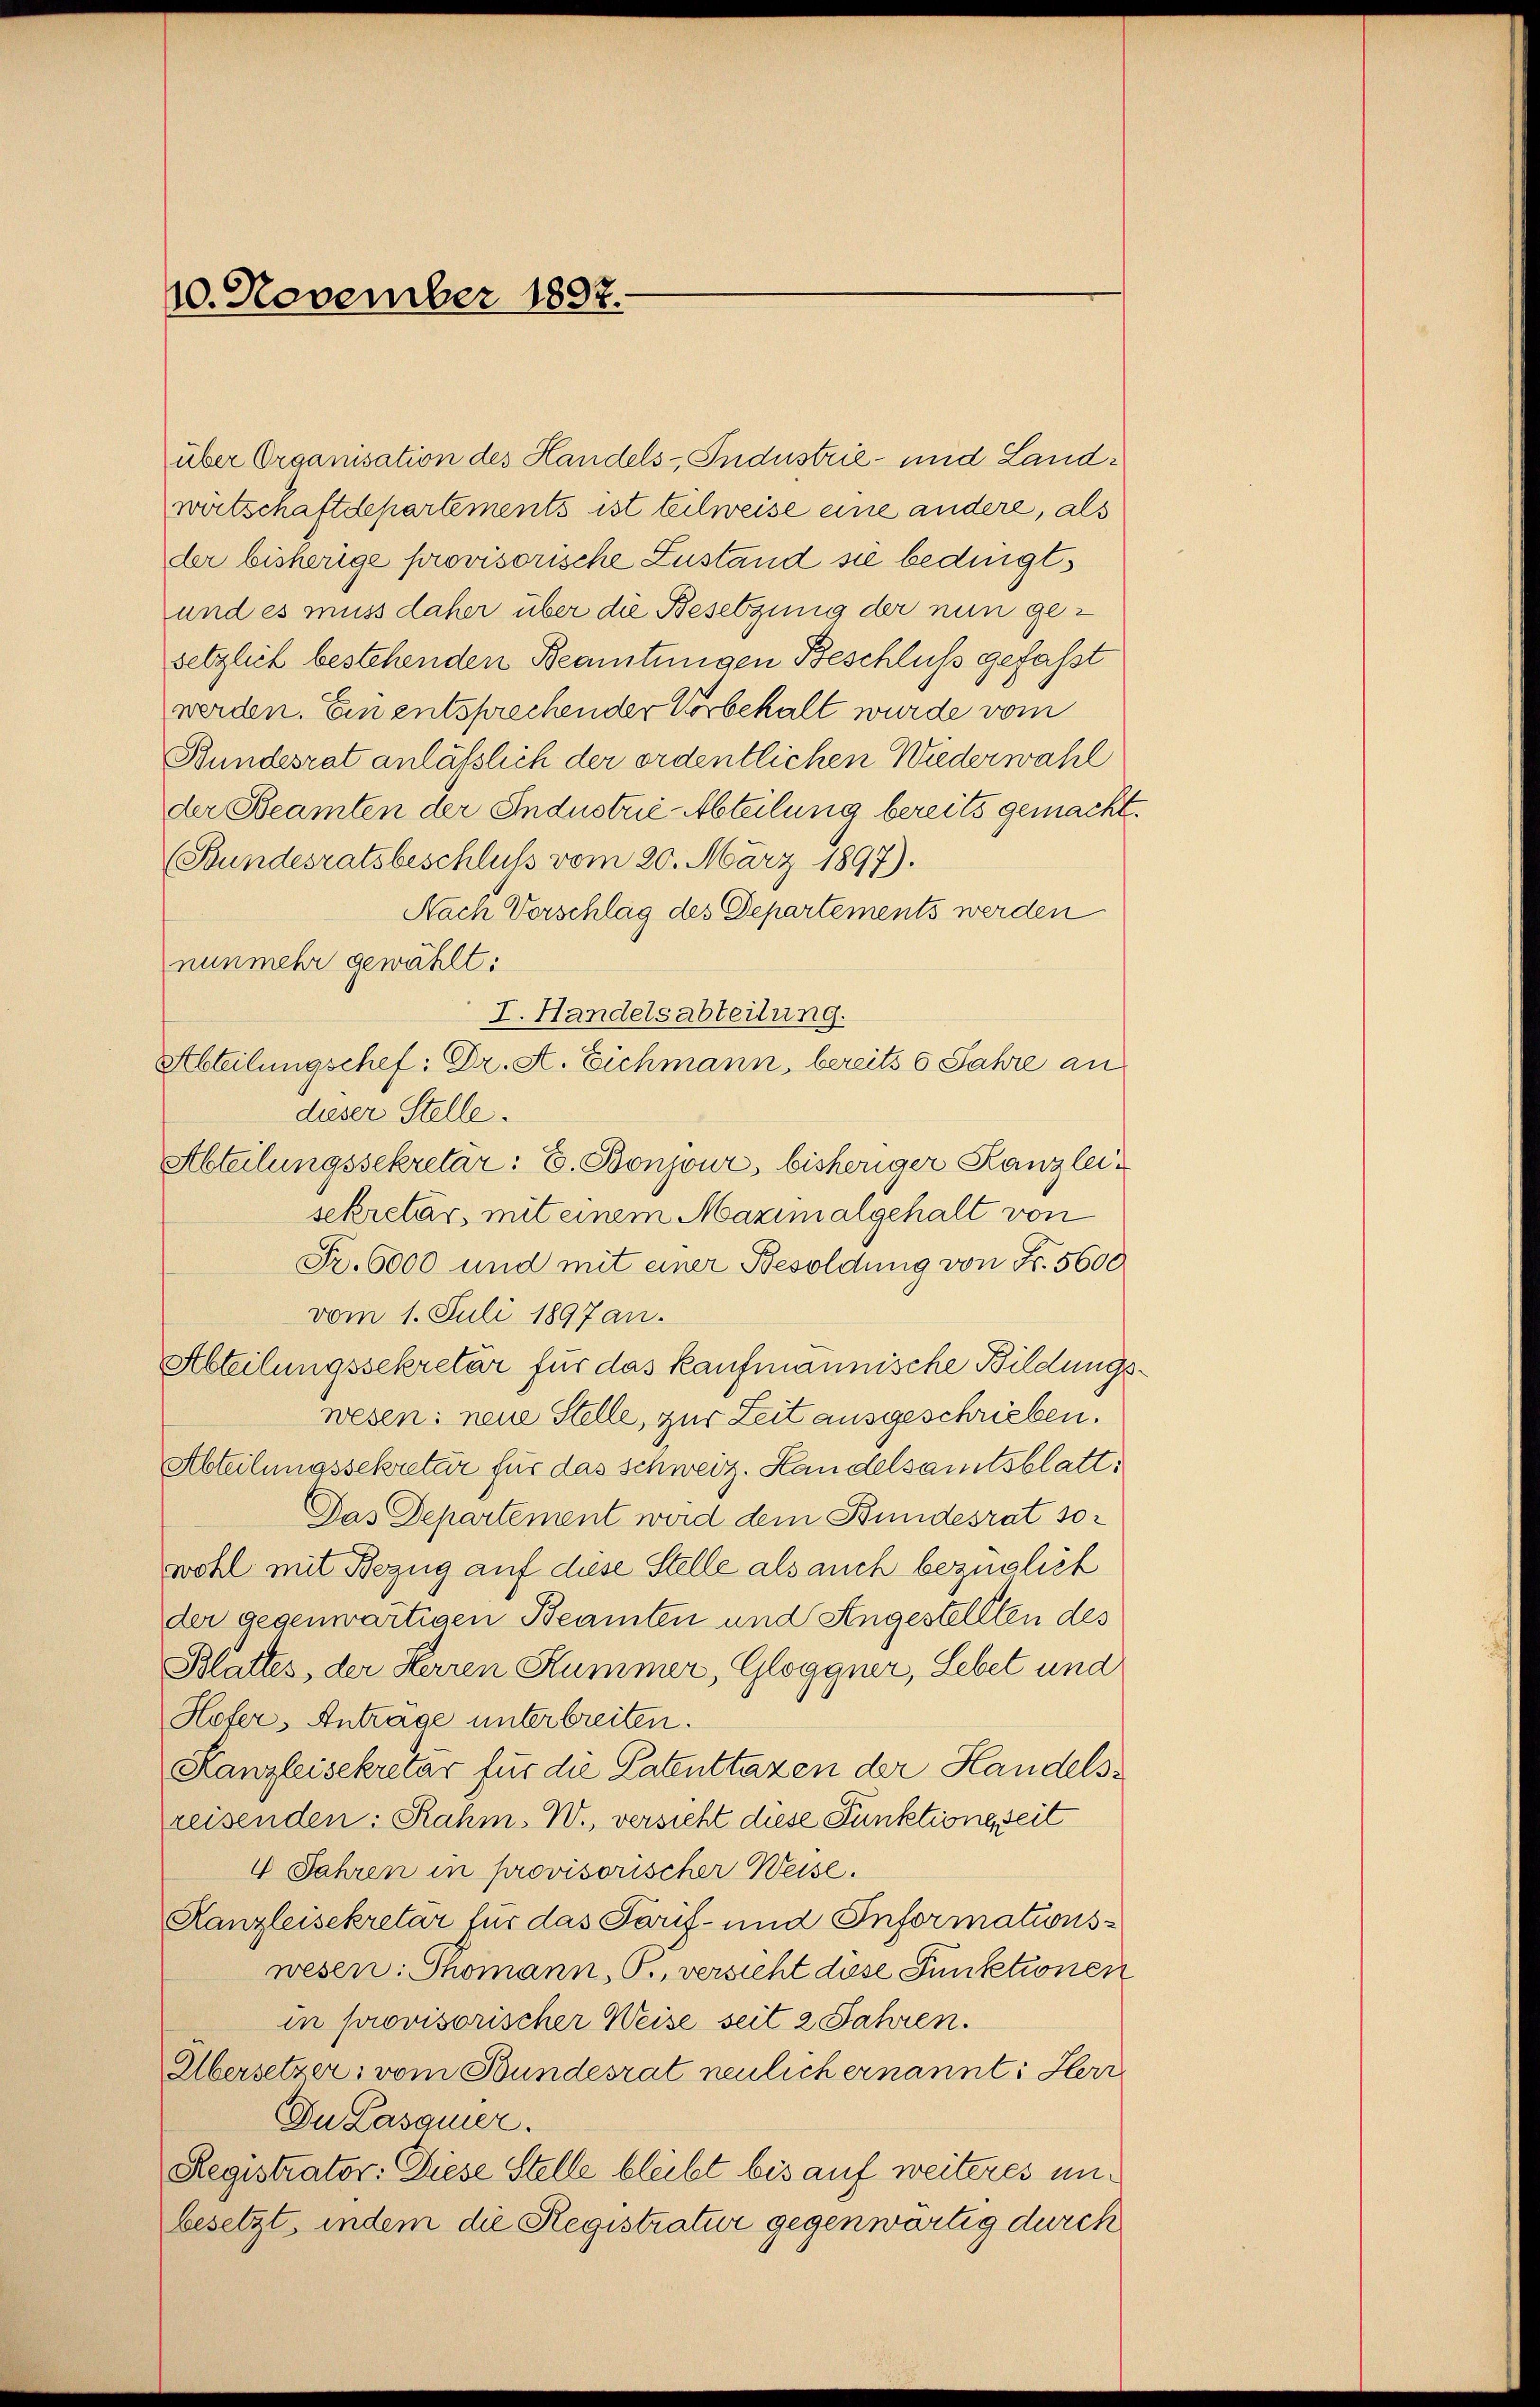
10. November 1897.

über Organisation des Handels-Industrie- und Landwirtschaftdepartements ist teilweise eine andere, als
der bisherige provisorische Zustand sie bedingt,
und es muss daher über die Besetzung der nun gesetzlich bestehenden Beamtungen Beschluß gefaßt
werden. Ein entsprechender Vorbehalt wurde vom
Bundesrat anläßlich der ordentlichen Wiederwähl
der Beamten der Industrie-Abteilung bereits gemacht
(Bundesratsbeschluss vom 20. März 1897).
Nach Vorschlag des Departements werden
nunmehr gewählt:
I. Handelsabteilung.
dieser Stelle.
Abteilungssekretär: E. Bonjour, bisheriger Kanzleisekretär, mit einem Maximalgehalt von
Fr. 6000 und mit einer Besoldung von Fr. 5600
vom 1. Juli 1897 an.
Abteilungssekretär für das kaufmannische Bildungswesen: neue Stelle, zur Zeit ausgeschrieben.
Abteilungssekretär für das schweiz. Handelsamtsblatt:
Das Departement wird dem Bundesrat sowohl mit Bezug auf diese Stelle als auch bezüglich
der gegenwärtigen Beamten und Angestellten des
Blattes, der Herren Kummer, Gloggner, Lebet und
Hofer, Antrage unterbreiten.
Kanzleisekretär für die Patenttaxen der Handelsreisenden: Rahm. W., versicht diese Punktione seit
4 Jahren in provisorischer Weise.
Kanzleisekretär für das Tarif- und Informationswesen: Thomann, P., versicht diese Punktionen
in provisorischer Weise seit 2 Jahren.
Übersetzer, vom Bundesrat neulich ernannt: Herr
Du Lasquier.
Registrator: Diese Stelle bleibt bis auf weiteres unbesetzt, indem die Registratur gegenwärtig durch

Abteilungschef: Dr. St. Eichmann, bereits 6 Jahre an